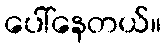
ပေါ်နေတယ်။